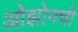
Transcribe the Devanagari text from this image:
ओझोनची